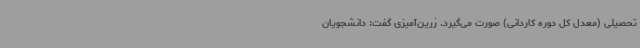
تحصیلی (معدل کل دوره کاردانی) صورت می‌گیرد. زرین‌آمیزی گفت: دانشجویان